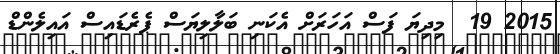
2015 19  މިދިޔަ ފަސް އަހަރަށް އެކަނި ބަލާލިޔަސް ޕެރެޑައިސް އައިލެންޑް